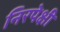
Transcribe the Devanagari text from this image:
निरपेक्षी